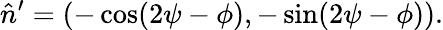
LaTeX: \hat{n}^{\prime}=(-\cos(2\psi-\phi),-\sin(2\psi-\phi)).